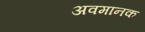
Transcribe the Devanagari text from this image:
अवमानक